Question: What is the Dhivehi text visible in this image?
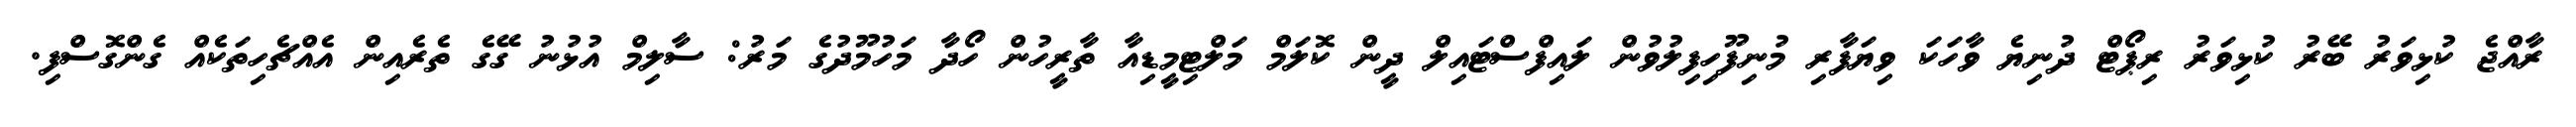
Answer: ރާއްޖެ ކުޅިވަރު ބޭރު ކުޅިވަރު ރިޕޯޓް ދުނިޔެ ވާހަކަ ވިޔަފާރި މުނިފޫހިފިލުވުން ލައިފްސްޓައިލް ދީން ކޮލަމް މަލްޓިމީޑިއާ ތާރީހުން ހޯދާ މަހުމޫދުގެ މަރު: ސާލިމް އުޅުނު ގޭގެ ތެރެއިން އެއްޗެހިތަކެއް ގެންގޮސްފި.